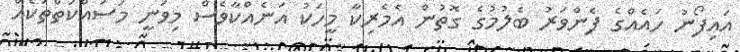
އައިފޯނު ހައެއްގެ ފެންވަރު ބެލުމުގެ ގޮތުން އެމެރިކާ މީހަކު އަނެއްކާވެސް މިވަނީ މަސައްކަތްތަކެއް